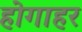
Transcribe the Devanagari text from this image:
होगाहर